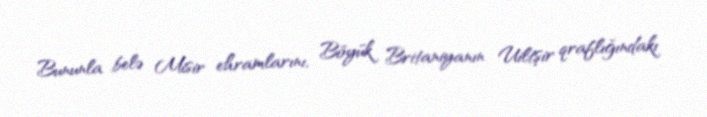
Bununla belə Misir ehramlarını, Böyük Britaniyanın Uiltşir qraflığındakı